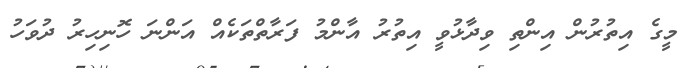
މީގެ އިތުރުން އިންތި ވިދާޅުވީ އިތުރު އާންމު ފަރާތްތަކެއް އަންނަ ހޮނިހިރު ދުވަހު